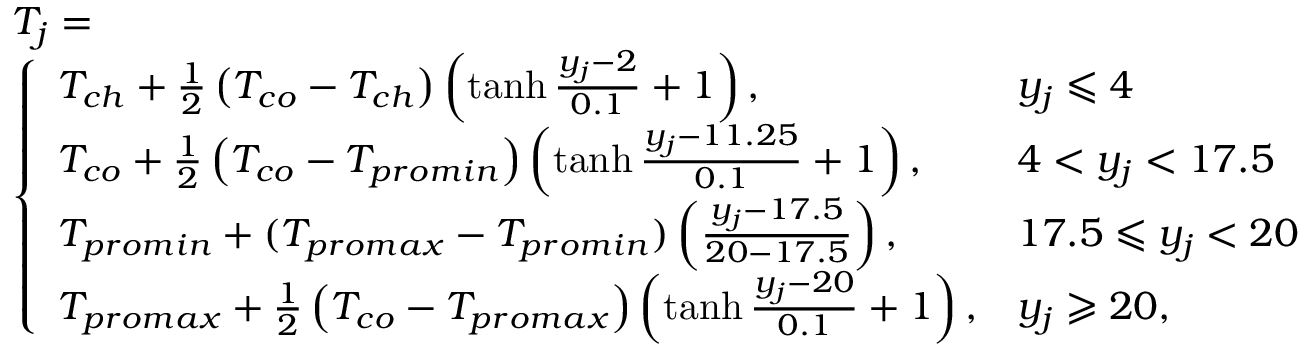
\begin{array} { r l } & { T _ { j } = } \\ & { \left\{ \begin{array} { l l } { T _ { c h } + \frac { 1 } { 2 } \left( T _ { c o } - T _ { c h } \right) \left( \operatorname { t a n h } { \frac { y _ { j } - 2 } { 0 . 1 } + 1 } \right) , } & { y _ { j } \leqslant 4 } \\ { T _ { c o } + \frac { 1 } { 2 } \left( T _ { c o } - T _ { p r o m i n } \right) \left( \operatorname { t a n h } { \frac { y _ { j } - 1 1 . 2 5 } { 0 . 1 } + 1 } \right) , } & { 4 < y _ { j } < 1 7 . 5 } \\ { T _ { p r o m i n } + ( T _ { p r o m a x } - T _ { p r o m i n } ) \left( \frac { y _ { j } - 1 7 . 5 } { 2 0 - 1 7 . 5 } \right) , } & { 1 7 . 5 \leqslant y _ { j } < 2 0 } \\ { T _ { p r o m a x } + \frac { 1 } { 2 } \left( T _ { c o } - T _ { p r o m a x } \right) \left( \operatorname { t a n h } { \frac { y _ { j } - 2 0 } { 0 . 1 } + 1 } \right) , } & { y _ { j } \geqslant 2 0 , } \end{array} \right. } \end{array}